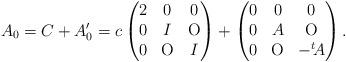
LaTeX: \begin{gather*}A_0=C+A_0'= c\begin{pmatrix}2 & 0 & 0 \\0 & I & \mathrm{O} \\0 & \mathrm{O} & I\end{pmatrix}+\begin{pmatrix}0 & 0 & 0 \\0 & A & \mathrm{O} \\0 & \mathrm{O} & -{}^t\!A\end{pmatrix}.\end{gather*}